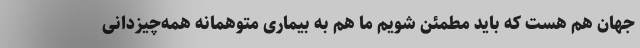
جهان هم هست که باید مطمئن شویم ما هم به بیماری متوهمانه همه‌چیز‌دانی